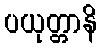
ပယုတ္တာနိ